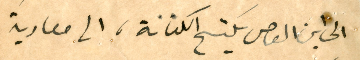
الى ابن العاص يَكتسح الكنانة، الى معاوية